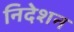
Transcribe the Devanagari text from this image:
निदेशन